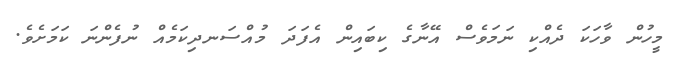
މީހުން ވާހަކަ ދެއްކި ނަމަވެސް އޭނާގެ ކިބައިން އެފަދަ މުއްސަނދިކަމެއް ނުފެންނަ ކަމަށެވެ.